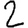
Digit: 2